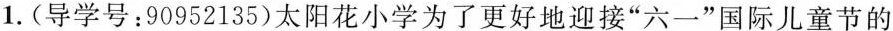
1.(导学号：90952135)太阳花小学为了更好地迎接”六一”国际儿童节的